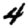
Digit: 4